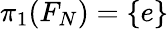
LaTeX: \pi_{1}(F_{N})=\{ e\}